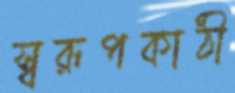
স্বরূপকাঠী